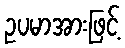
ဥပမာအားဖြင့်